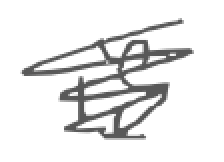
Text: is
Cross-out: scratch
Writing tool: digital_gray